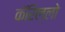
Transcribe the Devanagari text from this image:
कॅरिल्लो